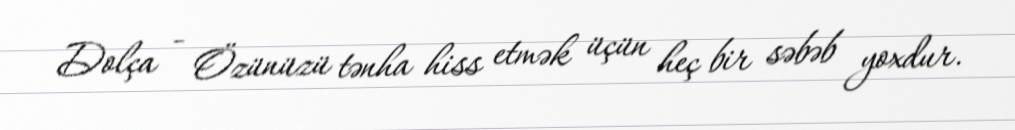
Dolça - Özünüzü tənha hiss etmək üçün heç bir səbəb yoxdur.